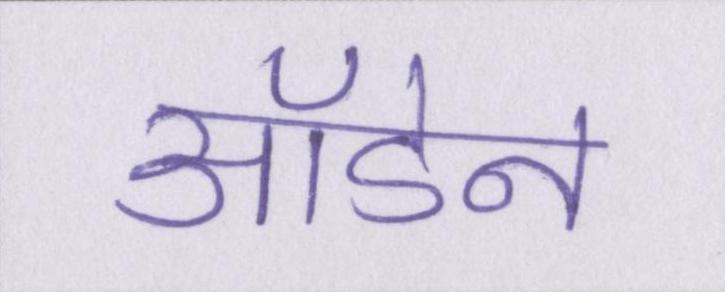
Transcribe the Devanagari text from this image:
ऑडेन